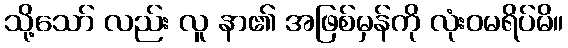
သို့သော် လည်း လူ နာ၏ အဖြစ်မှန်ကို လုံးဝမရိပ်မိ။